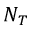
N _ { T }